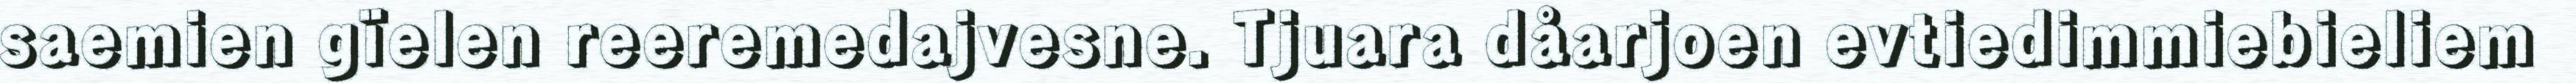
saemien gïelen reeremedajvesne. Tjuara dåarjoen evtiedimmiebieliem